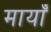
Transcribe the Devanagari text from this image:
मायाँ